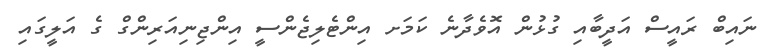
ނައިބް ރައީސް އަދީބާއި ގުޅުން އޮވެދާނެ ކަމަށ އިންޓެލިޖެންސީ އިންޖިނިއަަރިންގް ގެ އަލީގައި